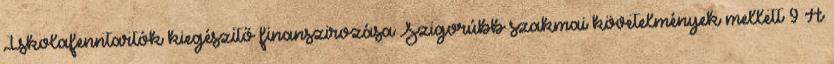
Iskolafenntartók kiegészitő finanszirozása Szigorúbb szakmai követelmények mellett 9 A